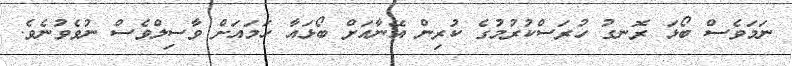
ނަމަވެސް ބޯޅަ ރޮނގު ހުރަސްކުރުމުގެ ކުރިން އޭނާއަށް ބޯޅައާ ހަމައަށް ވާސިލްވެސް ނުވެވުނެވެ.